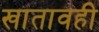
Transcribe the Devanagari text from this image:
खातावही